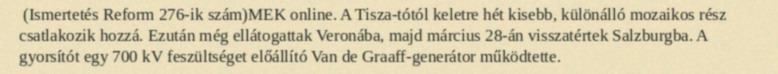
(Ismertetés Reform 276-ik szám)MEK online. A Tisza-tótól keletre hét kisebb, különálló mozaikos rész csatlakozik hozzá. Ezután még ellátogattak Veronába, majd március 28-án visszatértek Salzburgba. A gyorsítót egy 700 kV feszültséget előállító Van de Graaff-generátor működtette.